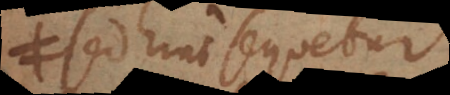
sed hinc sequetur